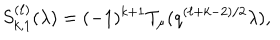
LaTeX: S _ { k , 1 } ^ { ( \ell ) } ( \lambda ) = ( - 1 ) ^ { k + 1 } T _ { \mu } ( q ^ { ( \ell + k - 2 ) / 2 } \lambda ) ,